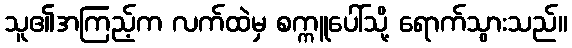
သူ၏အကြည့်က လက်ထဲမှ စက္ကူပေါ်သို့ ရောက်သွားသည်။